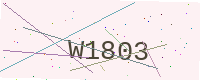
Text: W1803